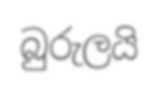
බුරුලයි